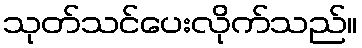
သုတ်သင်ပေးလိုက်သည်။